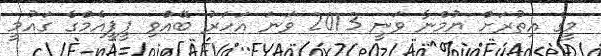
މީގެ އިތުރަށް ޔުމްނާ ވަނީ 2013 ވަނަ އަހަރު ބޭއްވި ޕީޕީއެމްގެ ގައުމީ